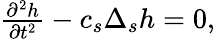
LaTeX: \begin{array}{r}{\frac{\partial^{2}h}{\partial t^{2}}-c_{s}\Delta_{s}h=0,}\end{array}